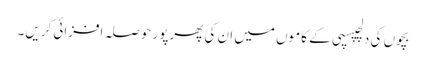
بچوں کی دلچپسپی کے کاموں میں ان کی پھرپور حوصلہ افزائی کریں۔